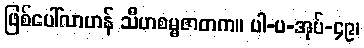
ဖြစ်ပေါ်လာဟန် သီဟစမ္မဇာတက။ ပါ-ပ-အုပ်-၄၉၊